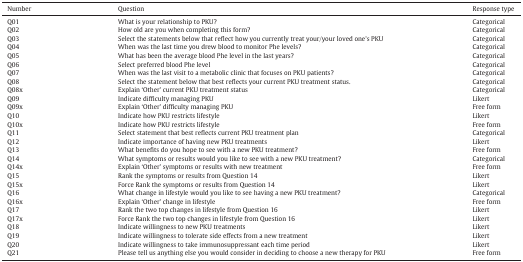
| Number | Question | Response type |
 | --- | --- | --- |
 | Q01 | What is your relationship to PKU? | Categorical |
 | Q02 | How old are you when completing this form? | Categorical |
 | Q03 | Select the statements below that reflect how you currently treat your/your loved one's PKU | Categorical |
 | Q04 | When was the last time you drew blood to monitor Phe levels? | Categorical |
 | Q05 | What has been the average blood Phe level in the last years? | Categorical |
 | Q06 | Select preferred blood Phe level | Categorical |
 | Q07 | When was the last visit to a metabolic clinic that focuses on PKU patients? | Categorical |
 | Q08 | Select the statement below that best reflects your current PKU treatment status. | Categorical |
 | Q08x | Explain ‘Other’ current PKU treatment status | Categorical |
 | Q09 | Indicate difficulty managing PKU | Likert |
 | Q09x | Explain ‘Other’ difficulty managing PKU | Free form |
 | Q10 | Indicate how PKU restricts lifestyle | Likert |
 | Q10x | Indicate how PKU restricts lifestyle | Free form |
 | Q11 | Select statement that best reflects current PKU treatment plan | Categorical |
 | Q12 | Indicate importance of having new PKU treatments | Likert |
 | Q13 | What benefits do you hope to see with a new PKU treatment? | Free form |
 | Q14 | What symptoms or results would you like to see with a new PKU treatment? | Categorical |
 | Q14x | Explain ‘Other’ symptoms or results with new treatment | Free form |
 | Q15 | Rank the symptoms or results from Question 14 | Likert |
 | Q15x | Force Rank the symptoms or results from Question 14 | Likert |
 | Q16 | What change in lifestyle would you like to see having a new PKU treatment? | Categorical |
 | Q16x | Explain ‘Other’ change in lifestyle | Free form |
 | Q17 | Rank the two top changes in lifestyle from Question 16 | Likert |
 | Q17x | Force Rank the two top changes in lifestyle from Question 16 | Likert |
 | Q18 | Indicate willingness to new PKU treatments | Likert |
 | Q19 | Indicate willingness to tolerate side effects from a new treatment | Likert |
 | Q20 | Indicate willingness to take immunosuppressant each time period | Likert |
 | Q21 | Please tell us anything else you would consider in deciding to choose a new therapy for PKU | Free form |